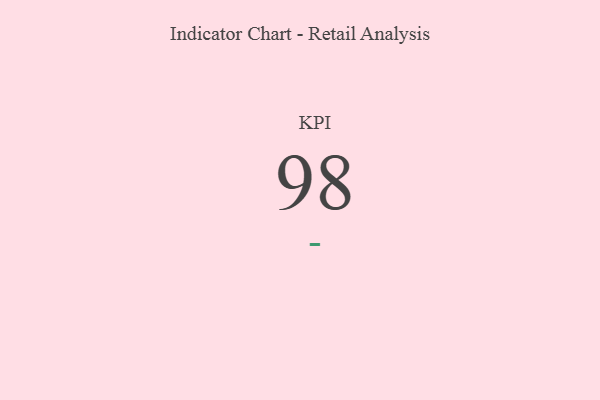
{"axis": {"x": "KPI", "y": "Value"}, "legend": [""], "data": [{"x": "KPI", "y": 98, "type": ""}]}